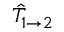
\hat { T } _ { 1 \to 2 }